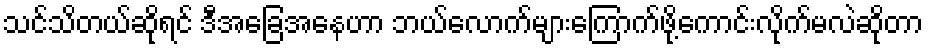
သင်သိတယ်ဆိုရင် ဒီအခြေအနေဟာ ဘယ်လောက်များကြောက်ဖို့ကောင်းလိုက်မလဲဆိုတာ